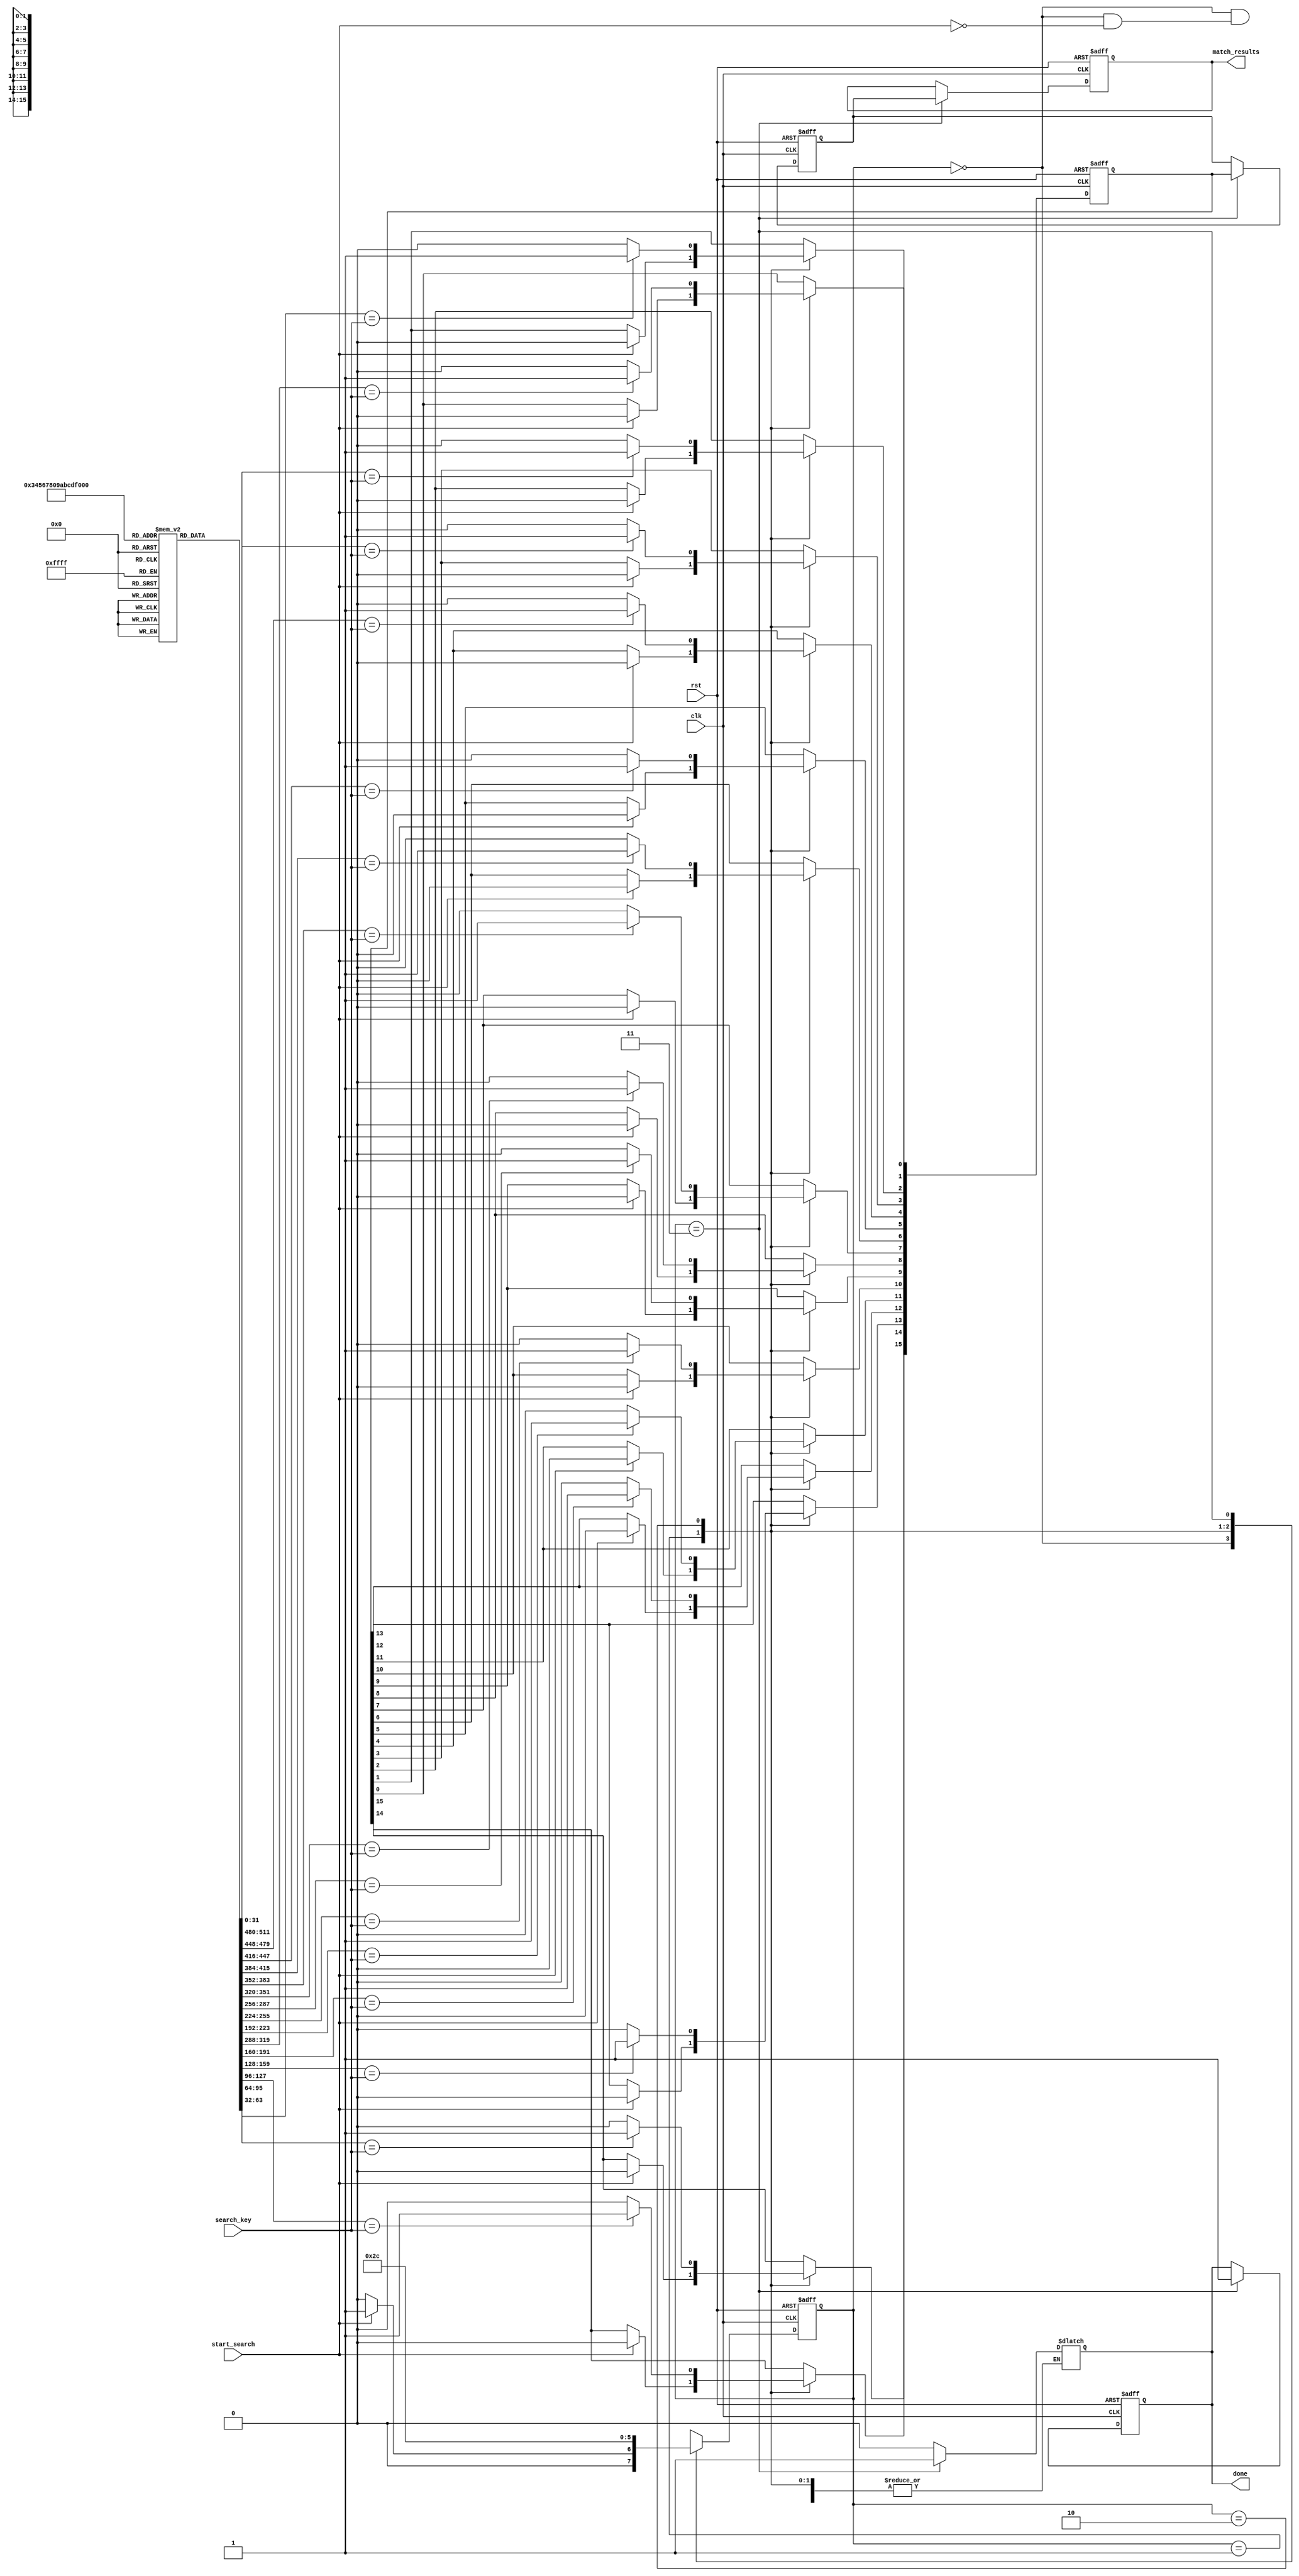
module pipelined_cam #(
    parameter WIDTH = 32,    // Width of the data in bits
    parameter DEPTH = 16      // Number of entries in the CAM
)(
    input wire clk,
    input wire rst,
    input wire [WIDTH-1:0] search_key,
    input wire start_search,
    output reg [DEPTH-1:0] match_results, // Match results for each entry
    output reg done            // Signal indicating search completion
);

    // Memory Array
    reg [WIDTH-1:0] cam_array [0:DEPTH-1];
    reg [DEPTH-1:0] match; // Intermediate match results
    reg [DEPTH-1:0] match_reg; // Register for holding match results in the output stage

    // Pipelined States
    reg [1:0] state, next_state;
    localparam IDLE = 2'b00,
               INPUT_STAGE = 2'b01,
               COMPARISON_STAGE = 2'b10,
               OUTPUT_STAGE = 2'b11;

    // Search Logic
    integer i;
    always @(posedge clk or posedge rst) begin
        if (rst) begin
            match <= 0;
            match_reg <= 0;
            state <= IDLE;
            done <= 0;
        end else begin
            state <= next_state;
            case (state)
                INPUT_STAGE: begin
                    if (start_search) begin
                        match <= 0; // Clear previous matches
                    end
                end
                COMPARISON_STAGE: begin
                    for (i = 0; i < DEPTH; i = i + 1) begin
                        match[i] <= (cam_array[i] == search_key) ? 1'b1 : 1'b0;
                    end
                end
                OUTPUT_STAGE: begin
                    match_reg <= match; // Store the match results for output
                    done <= 1;
                end
            endcase
        end
    end

    // Control Logic for State Transition
    always @(*) begin
        case (state)
            IDLE: begin
                if (start_search) begin
                    next_state = INPUT_STAGE;
                    done = 0;
                end else begin
                    next_state = IDLE;
                end
            end
            INPUT_STAGE: begin
                next_state = COMPARISON_STAGE;
            end
            COMPARISON_STAGE: begin
                next_state = OUTPUT_STAGE;
            end
            OUTPUT_STAGE: begin
                next_state = IDLE; // Go back to idle after output
                done = 1;
            end
            default: next_state = IDLE;
        endcase
    end

    // Match Results Output
    always @(posedge clk or posedge rst) begin
        if (rst) begin
            match_results <= 0;
        end else if (state == OUTPUT_STAGE) begin
            match_results <= match_reg; // Output the match results
        end
    end

endmodule